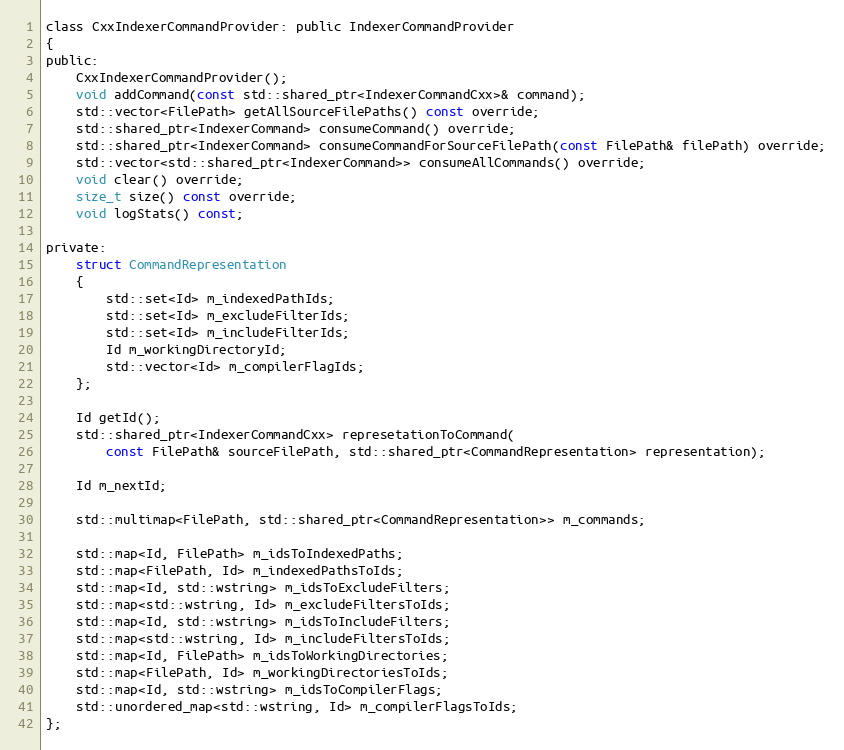
Language: C
class CxxIndexerCommandProvider: public IndexerCommandProvider
{
public:
	CxxIndexerCommandProvider();
	void addCommand(const std::shared_ptr<IndexerCommandCxx>& command);
	std::vector<FilePath> getAllSourceFilePaths() const override;
	std::shared_ptr<IndexerCommand> consumeCommand() override;
	std::shared_ptr<IndexerCommand> consumeCommandForSourceFilePath(const FilePath& filePath) override;
	std::vector<std::shared_ptr<IndexerCommand>> consumeAllCommands() override;
	void clear() override;
	size_t size() const override;
	void logStats() const;

private:
	struct CommandRepresentation
	{
		std::set<Id> m_indexedPathIds;
		std::set<Id> m_excludeFilterIds;
		std::set<Id> m_includeFilterIds;
		Id m_workingDirectoryId;
		std::vector<Id> m_compilerFlagIds;
	};

	Id getId();
	std::shared_ptr<IndexerCommandCxx> represetationToCommand(
		const FilePath& sourceFilePath, std::shared_ptr<CommandRepresentation> representation);

	Id m_nextId;

	std::multimap<FilePath, std::shared_ptr<CommandRepresentation>> m_commands;

	std::map<Id, FilePath> m_idsToIndexedPaths;
	std::map<FilePath, Id> m_indexedPathsToIds;
	std::map<Id, std::wstring> m_idsToExcludeFilters;
	std::map<std::wstring, Id> m_excludeFiltersToIds;
	std::map<Id, std::wstring> m_idsToIncludeFilters;
	std::map<std::wstring, Id> m_includeFiltersToIds;
	std::map<Id, FilePath> m_idsToWorkingDirectories;
	std::map<FilePath, Id> m_workingDirectoriesToIds;
	std::map<Id, std::wstring> m_idsToCompilerFlags;
	std::unordered_map<std::wstring, Id> m_compilerFlagsToIds;
};